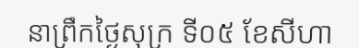
នាព្រឹកថ្ងៃសុក្រ ទី០៥ ខែសីហា